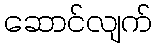
ဆောင်လျက်